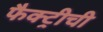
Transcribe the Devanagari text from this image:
फैक्ट्रीची